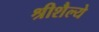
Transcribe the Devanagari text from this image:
श्रीशैल्ये